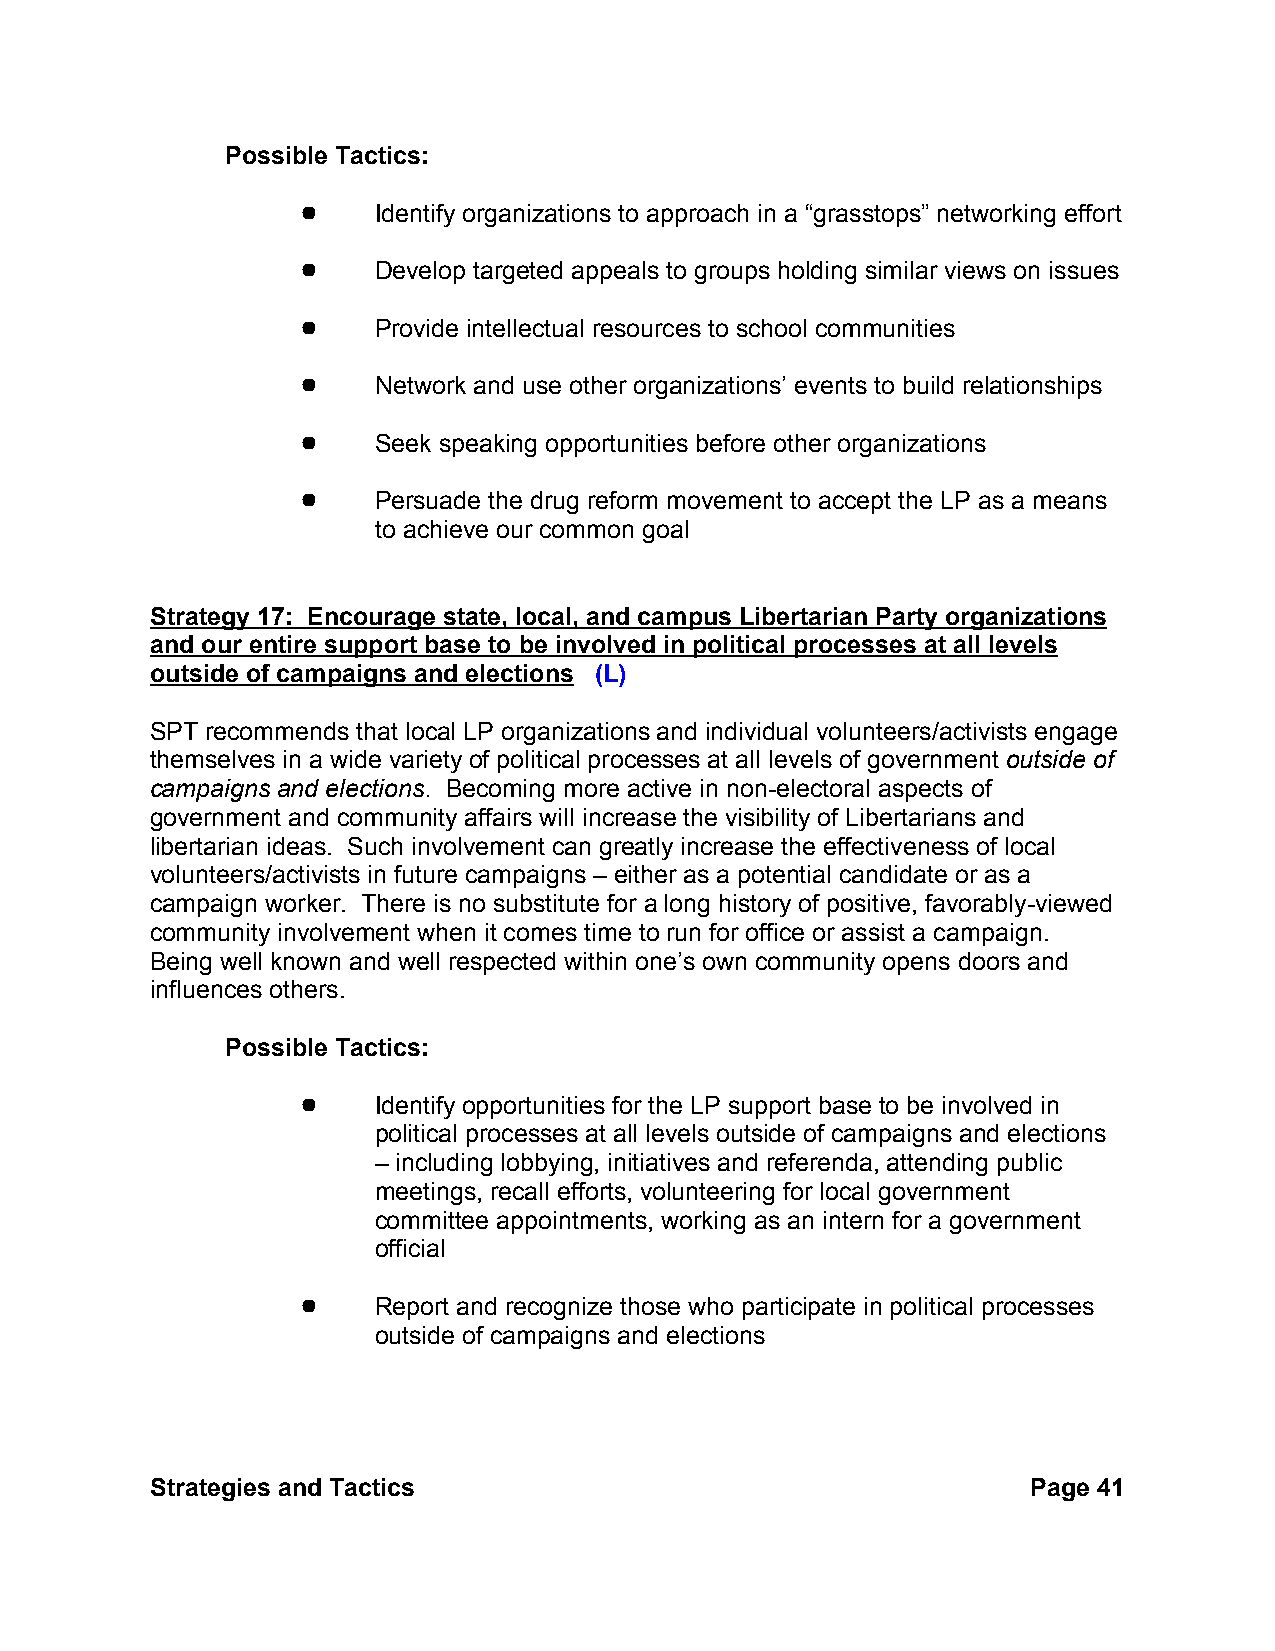
Possible Tactics:
 !    Identify organizations to approach in a “grasstops” networking effort
 !    Develop targeted appeals to groups holding similar views on issues
 !    Provide intellectual resources to school communities
 !    Network and use other organizations’ events to build relationships
 !    Seek speaking opportunities before other organizations
 !    Persuade the drug reform movement to accept the LP as a means
 to achieve our common goal
 Strategy 17: Encourage state, local, and campus Libertarian Party organizations
 and our entire support base to be involved in political processes at all levels
 outside of campaigns and elections (L)
 SPT recommends that local LP organizations and individual volunteers/activists engage
 themselves in a wide variety of political processes at all levels of government outside of
 campaigns and elections. Becoming more active in non-electoral aspects of
 government and community affairs will increase the visibility of Libertarians and
 libertarian ideas. Such involvement can greatly increase the effectiveness of local
 volunteers/activists in future campaigns – either as a potential candidate or as a
 campaign worker. There is no substitute for a long history of positive, favorably-viewed
 community involvement when it comes time to run for office or assist a campaign.
 Being well known and well respected within one’s own community opens doors and
 influences others.
 Possible Tactics:
 !    Identify opportunities for the LP support base to be involved in
 political processes at all levels outside of campaigns and elections
 – including lobbying, initiatives and referenda, attending public
 meetings, recall efforts, volunteering for local government
 committee appointments, working as an intern for a government
 official
 !    Report and recognize those who participate in political processes
 outside of campaigns and elections
 Strategies and Tactics                                    Page 41